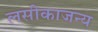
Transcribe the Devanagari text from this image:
लसीकाजन्य